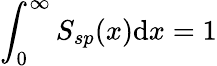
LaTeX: \int_{0}^{\infty}S_{sp}(x)\mathrm{d}x=1